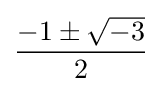
{\frac {-1\pm {\sqrt {-3}}}{2}}